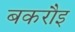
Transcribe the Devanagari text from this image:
बकरौइ